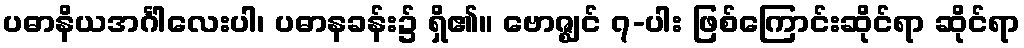
ပဓာနိယအင်္ဂါလေးပါ၊ ပဓာနခန်း၌ ရှိ၏။ ဗောဇ္ဈင် ၇-ပါး ဖြစ်ကြောင်းဆိုင်ရာ ဆိုင်ရာ